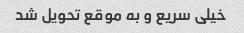
خیلی سریع و به موقع تحویل شد